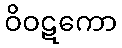
ဝိဝဋကော